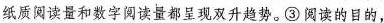
纸质阅读量和数字阅读量都呈现双升趋势。③阅读的目的，